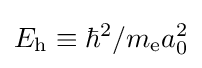
E_{\text{h}}\equiv \hbar ^{2}/m_{\text{e}}a_{0}^{2}